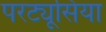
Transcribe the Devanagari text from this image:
परट्यूसिया